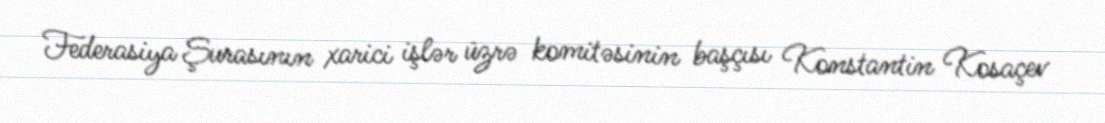
Federasiya Şurasının xarici işlər üzrə komitəsinin başçısı Konstantin Kosaçev